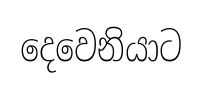
දෙවෙනියාට